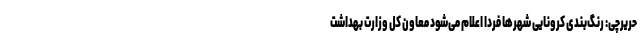
حریرچی: رنگ‌بندی کرونایی شهرها فردا اعلام می‌شود معاون کل وزارت بهداشت